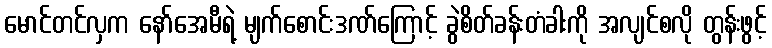
မောင်တင်လှက နော်အေမီရဲ့ မျက်စောင်းဒဏ်ကြောင့် ခွဲစိတ်ခန်းတံခါးကို အလျင်စလို တွန်းဖွင့်